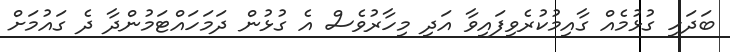
ބަދަހި ގުޅުމެއް ގާއިމުކުރެވިފައިވާ އަދި މިހާރުވެސް އެ ގުޅުން ދަމަހައްޓަމުންދާ ދެ ގައުމަށް